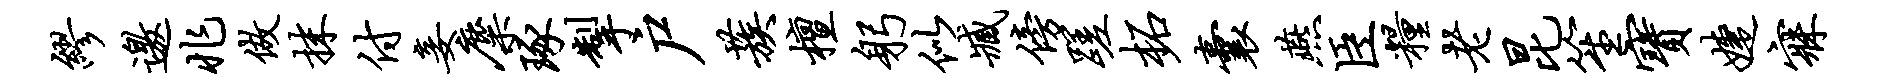
缪邀兆做抹付妾麋琢掣户蔟檀躬似臧傍蹉柘囊燕臣粮老昆笙宝婕寐